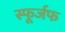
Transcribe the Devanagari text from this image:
स्फूर्जफ